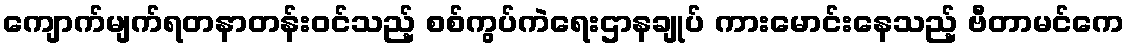
ကျောက်မျက်ရတနာတန်းဝင်သည့် စစ်ကွပ်ကဲရေးဌာနချုပ် ကားမောင်းနေသည့် ဗီတာမင်ကေ